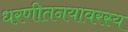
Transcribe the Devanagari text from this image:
धरणीतनयावरस्य